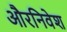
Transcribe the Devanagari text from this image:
औरनिवेश